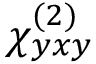
\chi _ { y x y } ^ { ( 2 ) }